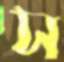
স